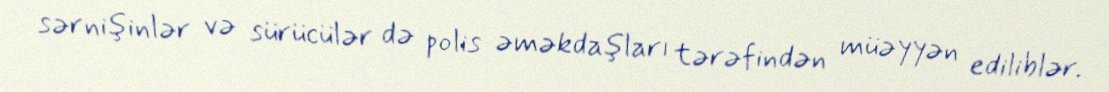
sərnişinlər və sürücülər də polis əməkdaşları tərəfindən müəyyən ediliblər.